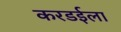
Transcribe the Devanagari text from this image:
करडईला